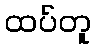
ထပ်တူ